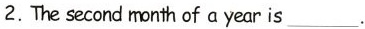
2. The second month of a year is___.